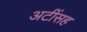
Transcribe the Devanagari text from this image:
अटींसह